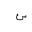
Letter: _sin